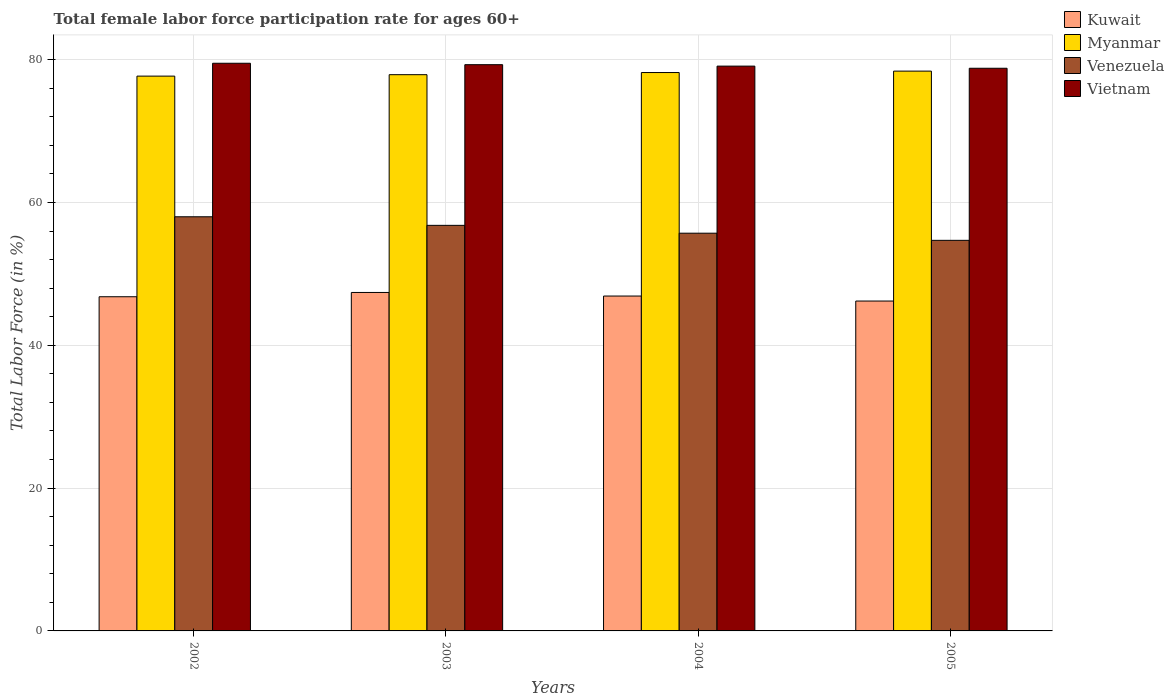
| Years | Kuwait | Myanmar | Venezuela | Vietnam |
 | --- | --- | --- | --- | --- |
 | 2002 | 46.8 | 77.7 | 58 | 79.5 |
 | 2003 | 47.4 | 77.9 | 56.8 | 79.3 |
 | 2004 | 46.9 | 78.2 | 55.7 | 79.1 |
 | 2005 | 46.2 | 78.4 | 54.7 | 78.8 |